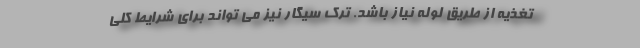
تغذیه از طریق لوله نیاز باشد. ترک سیگار نیز می تواند برای شرایط کلی